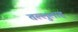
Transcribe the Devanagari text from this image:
तल्लुलाह